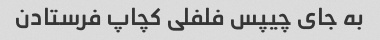
به جای چیپس فلفلی کچاپ فرستادن